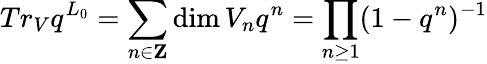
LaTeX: Tr_{V}q^{L_{0}}=\sum_{n\in\mathbf{Z}}\dim V_{n}q^{n}=\prod_{n\geq 1}(1-q^{n})^{-1}